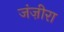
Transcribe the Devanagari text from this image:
जंज़ीरा